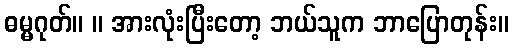
ဓမ္မဂုတ်။ ။ အားလုံးပြီးတော့ ဘယ်သူက ဘာပြောတုန်း။